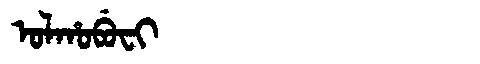
Manchu: ᠣᠯᡥᠣᠪᡠᠸᡳ
Romanization: OLHOBUFI